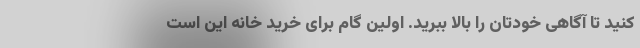
کنید تا آگاهی خودتان را بالا ببرید. اولین گام برای خرید خانه این است